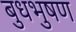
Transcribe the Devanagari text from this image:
बुधभुषण